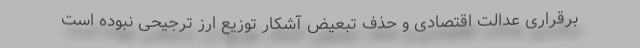
برقراری عدالت اقتصادی و حذف تبعیض آشکار توزیع ارز ترجیحی نبوده است